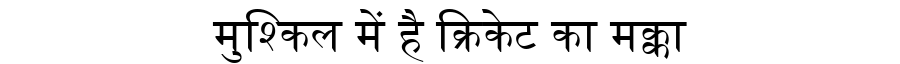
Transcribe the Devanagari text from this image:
मुश्किल में है क्रिकेट का मक्का